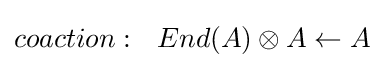
coaction:~~End(A)\otimes A\leftarrow A